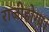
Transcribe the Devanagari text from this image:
राजीहोगा।